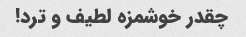
چقدر خوشمزه لطیف و ترد!